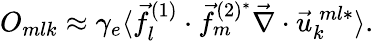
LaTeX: O_{mlk}\approx\gamma_{e}\langle\vec{f}_{l}^{(1)}\cdot\vec{f}_{m}^{(2)^{*}}\vec{\nabla}\cdot\vec{u}_{k}^{\: ml*}\rangle.